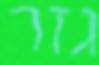
גזר